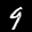
Label: 9